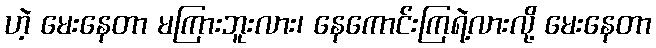
ဟဲ့ မေးနေတာ မကြားဘူးလား၊ နေကောင်းကြရဲ့လားလို့ မေးနေတာ